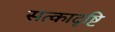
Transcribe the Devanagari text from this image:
सत्कादृष्टि